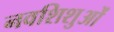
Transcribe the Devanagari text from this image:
नवशिशुओं